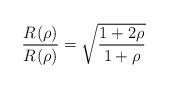
LaTeX: \begin{align*}\frac{R_{}^{}(\rho)}{R_{}^{}(\rho)}=\sqrt{\frac{1+2\rho}{1+\rho}}\end{align*}